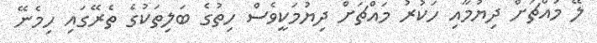
ލޭ މައްޗަށް ދިޔުމާއި ހަކުރު މައްޗަށް ދިޔުމަކީވެސް ހިތުގެ ބަލިތަކުގެ ތެރޭގައި ހިމެނޭ